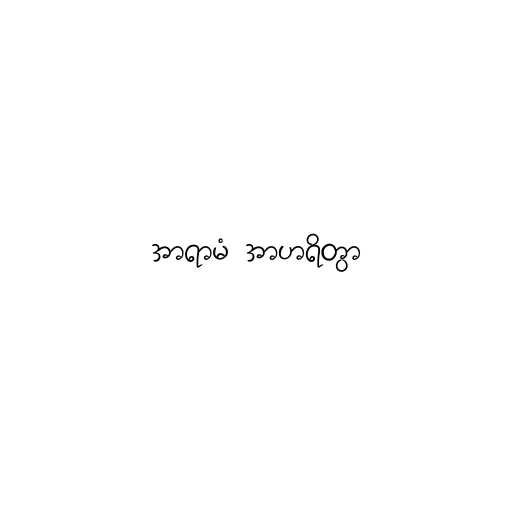
အာရာမံ အာဟရိတွာ